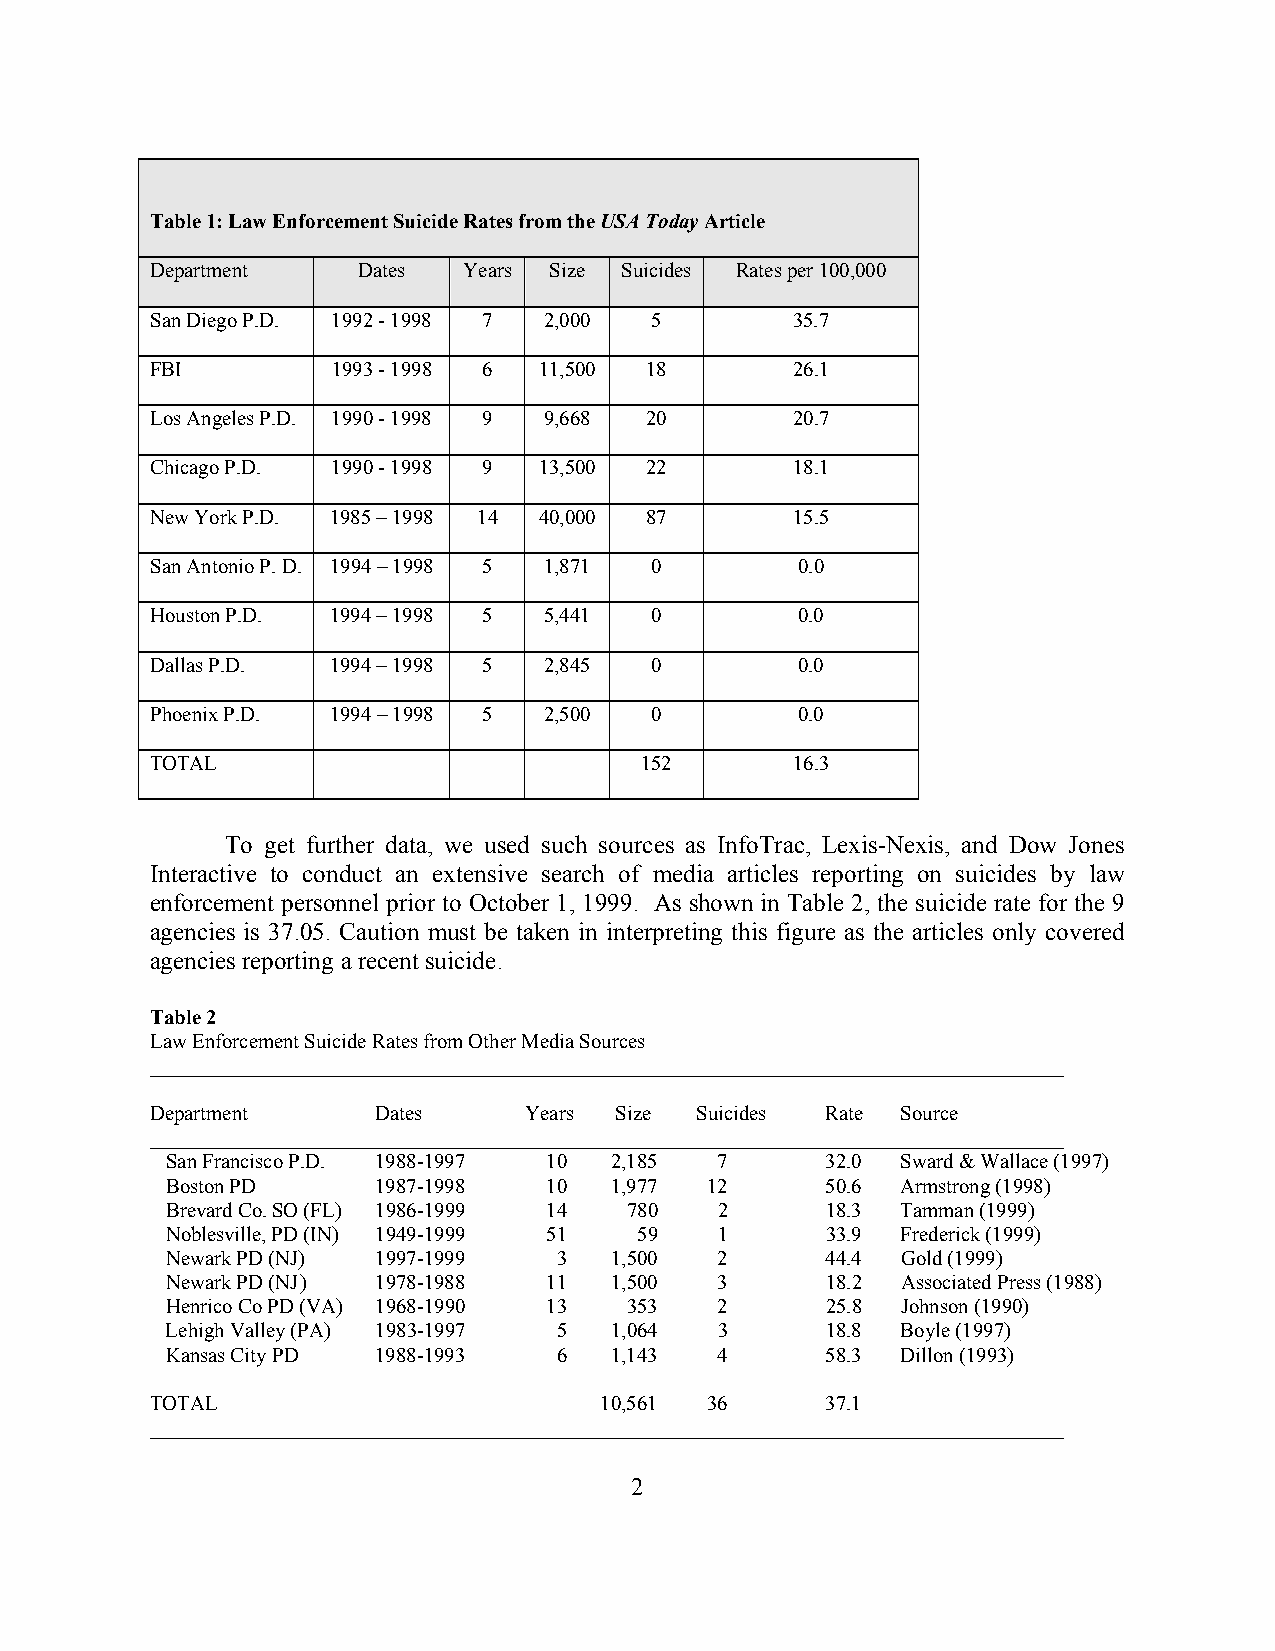
Table 1: Law Enforcement Suicide Rates from the USA Today Article
 Department    Dates  Years Size Suicides Rates per 100,000
 San Diego P.D. 1992 - 1998 7 2,000 5      35.7
 FBI         1993 - 1998 6 11,500 18       26.1
 Los Angeles P.D. 1990 - 1998 9 9,668 20   20.7
 Chicago P.D. 1990 - 1998 9 13,500 22      18.1
 New York P.D. 1985 – 1998 14 40,000 87    15.5
 San Antonio P. D. 1994 – 1998 5 1,871 0    0.0
 Houston P.D. 1994 – 1998 5 5,441 0         0.0
 Dallas P.D. 1994 – 1998 5 2,845  0         0.0
 Phoenix P.D. 1994 – 1998 5 2,500 0         0.0
 TOTAL                           152       16.3
 To get further data, we used such sources as InfoTrac, Lexis-Nexis, and Dow Jones
 Interactive to conduct an extensive search of media articles reporting on suicides by law
 enforcement personnel prior to October 1, 1999. As shown in Table 2, the suicide rate for the 9
 agencies is 37.05. Caution must be taken in interpreting this figure as the articles only covered
 agencies reporting a recent suicide.
 Table 2
 Law Enforcement Suicide Rates from Other Media Sources
 ________________________________________________________________________________________
 Department     Dates     Years Size Suicides Rate Source
 ________________________________________________________________________________________
 San Francisco P.D. 1988-1997 10 2,185 7     32.0 Sward & Wallace (1997)
 Boston PD     1987-1998  10  1,977  12      50.6 Armstrong (1998)
 Brevard Co. SO (FL) 1986-1999 14 780 2      18.3 Tamman (1999)
 Noblesville, PD (IN) 1949-1999 51 59 1      33.9 Frederick (1999)
 Newark PD (NJ) 1997-1999  3  1,500   2      44.4 Gold (1999)
 Newark PD (NJ ) 1978-1988 11 1,500   3      18.2 Associated Press (1988)
 Henrico Co PD (VA) 1968-1990 13 353  2      25.8 Johnson (1990)
 Lehigh Valley (PA) 1983-1997 5 1,064 3      18.8 Boyle (1997)
 Kansas City PD 1988-1993  6  1,143  4       58.3 Dillon (1993)
 TOTAL                         10,561 36      37.1
 ________________________________________________________________________________________
 2